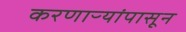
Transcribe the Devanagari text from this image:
करणाऱ्यांपासून